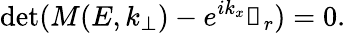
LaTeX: \operatorname*{det}(M(E,k_{\bot})-e^{ik_{x}}\mathbb{1}_{r})=0.